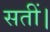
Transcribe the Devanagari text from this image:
सतीं।